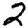
Digit: 2